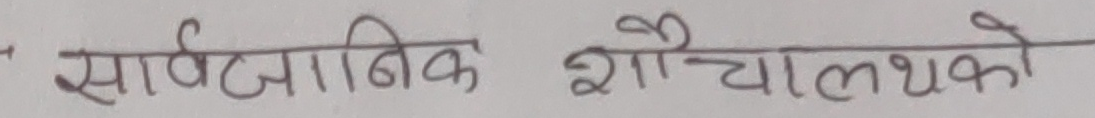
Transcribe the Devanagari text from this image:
सार्वजनिक शौचालयको